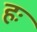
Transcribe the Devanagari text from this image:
हः